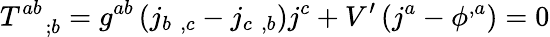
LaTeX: T_{\quad;b}^{ab}=g^{ab}\left(j_{b\, \, ,c}-j_{c\, \, ,b}\right)j^{c}+V^{\prime}\left(j^{a}-\phi^{,a}\right)=0